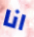
انا